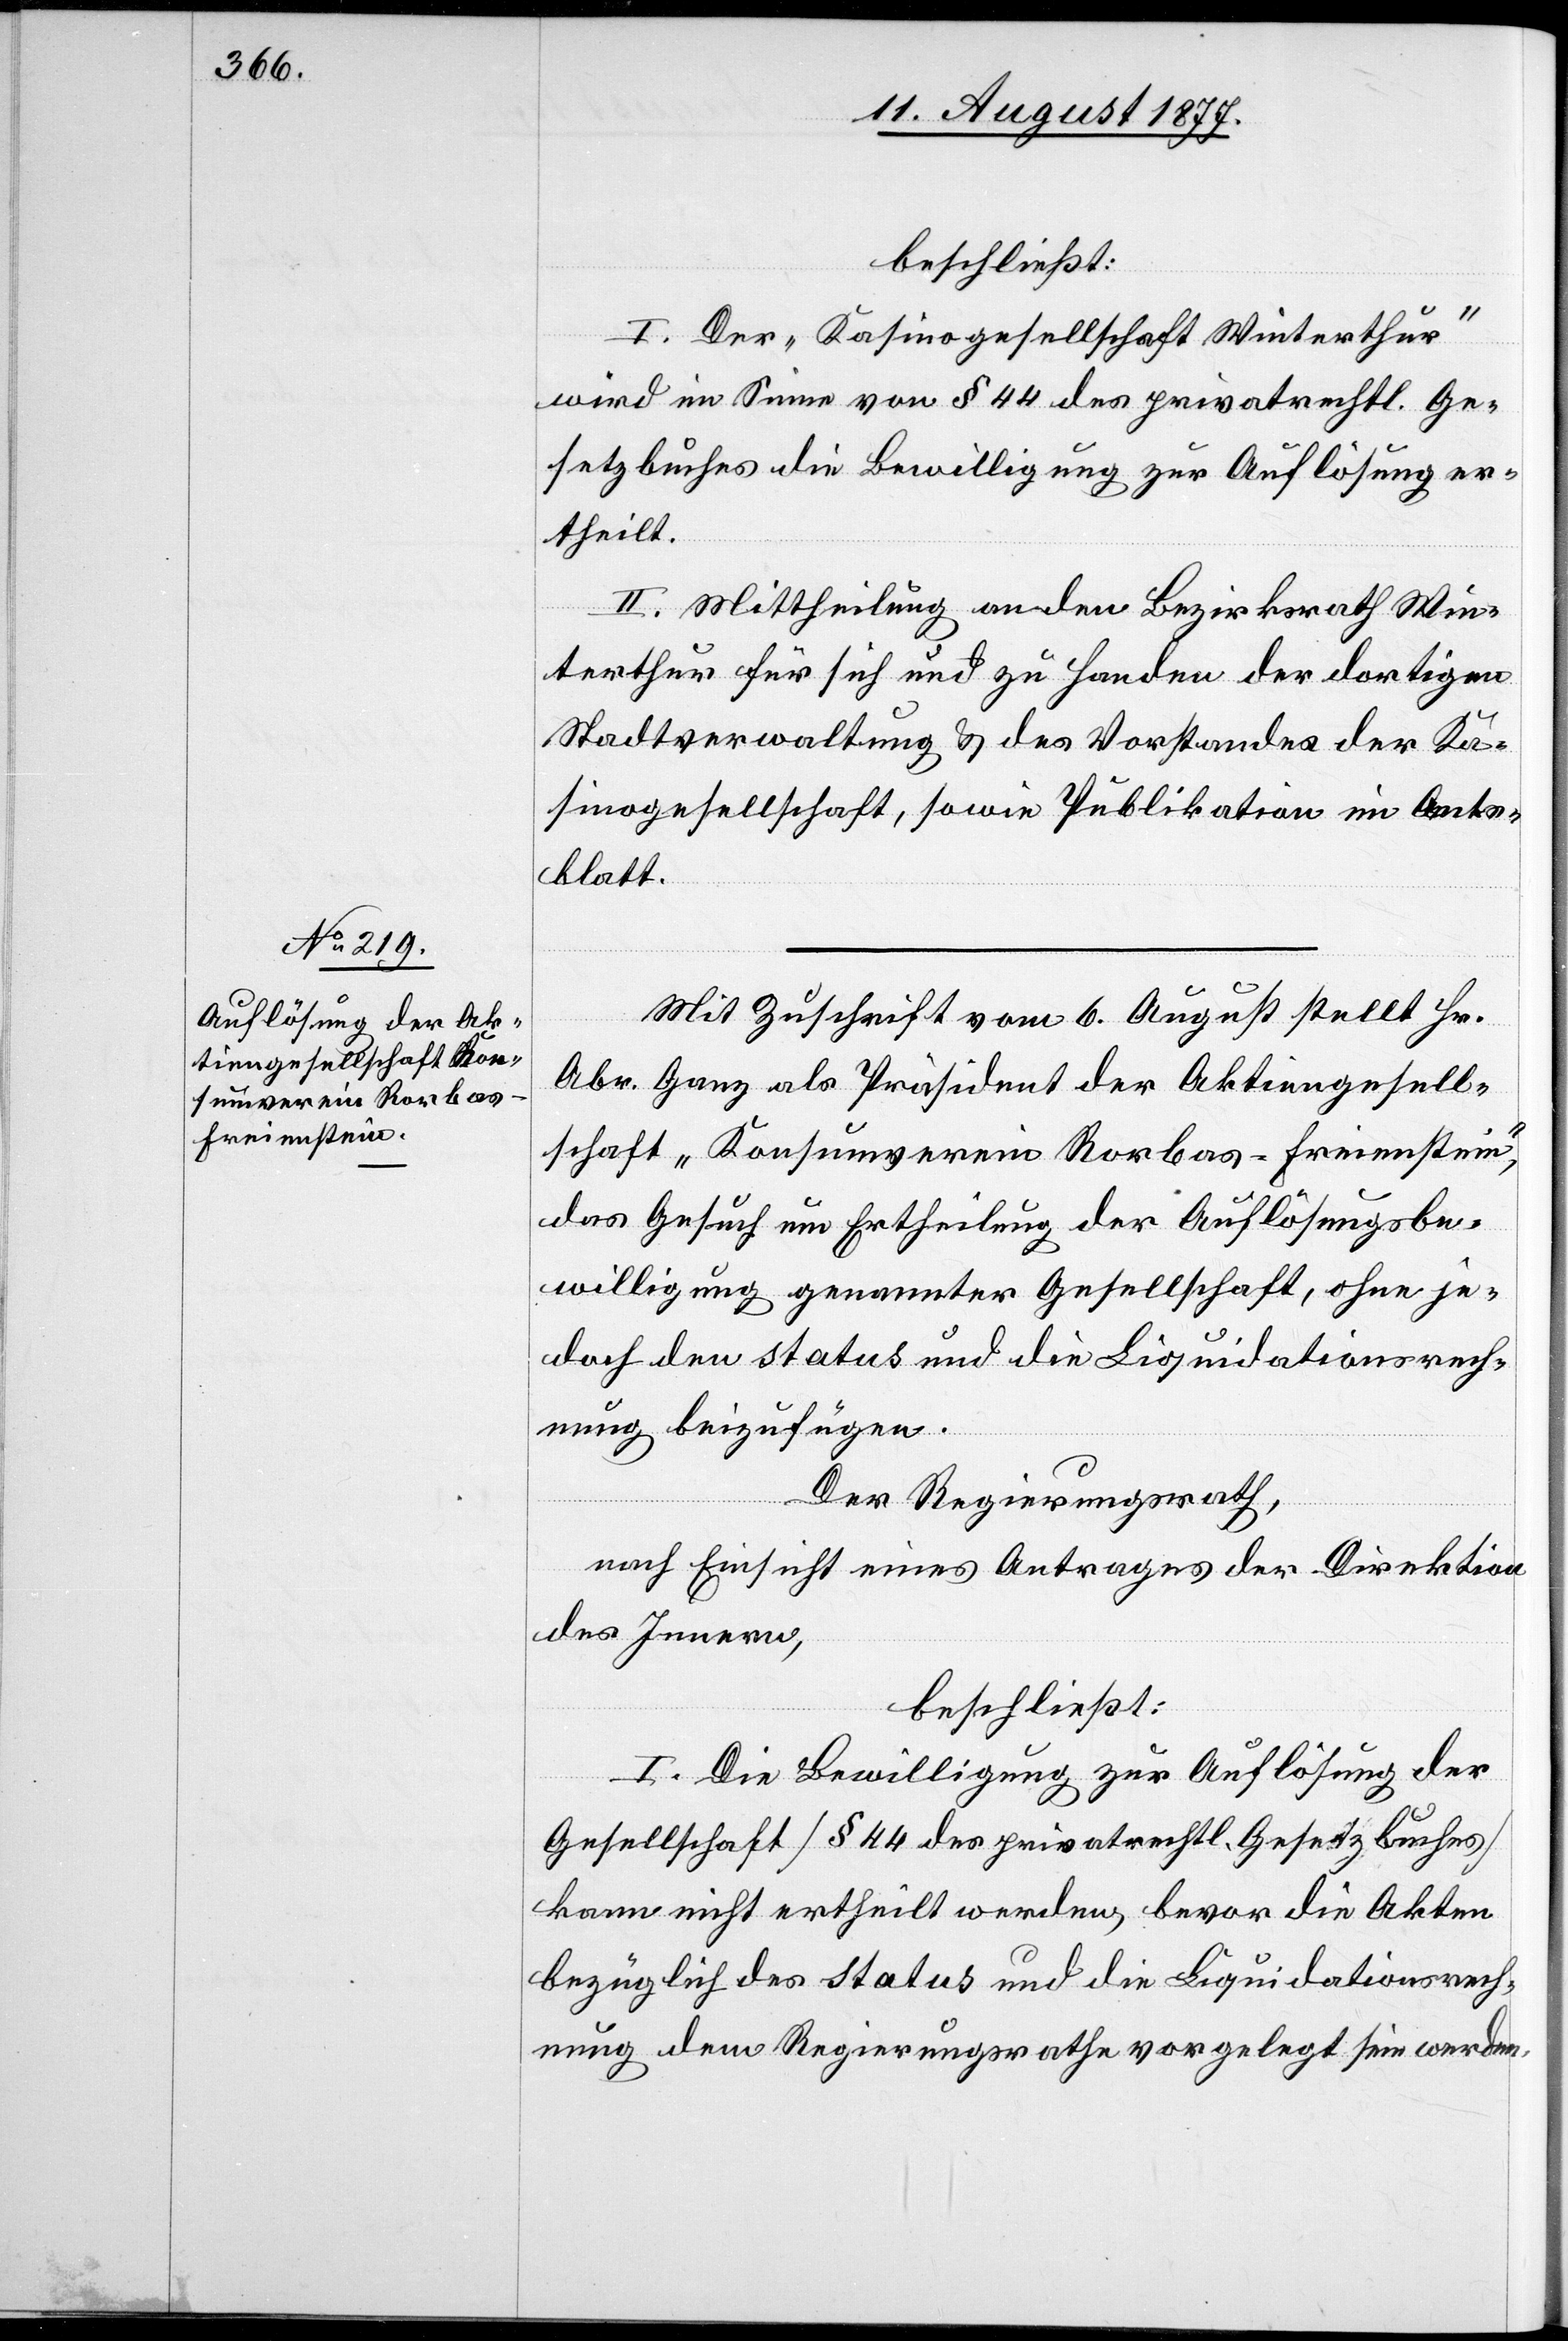
I. Der „Kasinogesellschaft Winterthur“
wird im Sinne von § 44 des privatrechtl. Ge¬
setzbuches die Bewilligung zur Auflösung er¬
theilt.
II. Mittheilung an den Bezirksrath Win¬
terthur für sich und zu Handen der dortigen
Stadtverwaltung & des Vorstandes der Ka¬
sinogesellschaft, sowie Publikation im Amts¬
blatt.
Mit Zuschrift vom 6. August stellt Hr.
Abr. Ganz als Präsident der Aktiengesell¬
schaft „Konsumverein Rorbas-Freienstein“,
das Gesuch um Ertheilung der Auflösungsbe¬
willigung genannter Gesellschaft, ohne je¬
doch den status und die Liquidationsrech¬
nung beizufügen.
Der Regierungsrath,
nach Einsicht eines Antrages der Direktion
des Innern,
beschließt:
I. Die Bewilligung zur Auflösung der
Gesellschaft [§ 44 des privatrechtl. Gesetzbuches]
kann nicht ertheilt werden, bevor die Akten
bezüglich des status und die Liquidationsrech¬
nung dem Regierungsrathe vorgelegt sein werden.